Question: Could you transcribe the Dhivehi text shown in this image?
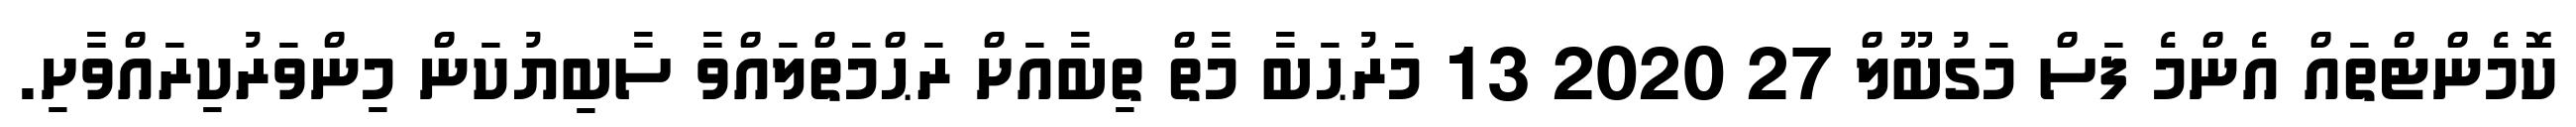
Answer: ކޮމެންޓްތައް އެންމެ ފަސް މަގުބޫލް 27 2020 13 މަރުޙަބާ މާތް ތިބާއަށް ރަޙްމަތްލައްވާ ސާބިޔުކަން މިންވަރުކިރައްވާށި.